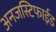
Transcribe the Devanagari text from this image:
अनजस्टिफाईड